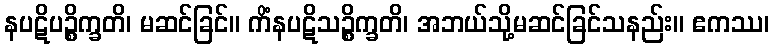
နပဋိပဉ္စိက္ခတိ၊ မဆင်ခြင်။ ကိံနပဋိသဉ္စိက္ခတိ၊ အဘယ်သို့မဆင်ခြင်သနည်း။ ဧကဿ၊